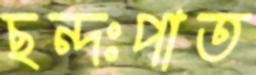
ছন্দঃপাত